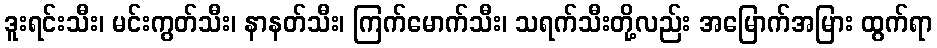
ဒူးရင်းသီး၊ မင်းကွတ်သီး၊ နာနတ်သီး၊ ကြက်မောက်သီး၊ သရက်သီးတို့လည်း အမြောက်အမြား ထွက်ရာ